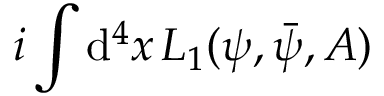
i \int \mathrm { d } ^ { 4 } x \, { \cal L } _ { 1 } ( \psi , \bar { \psi } , A )